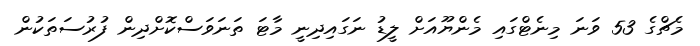
މެޗްގެ 53 ވަނަ މިނެޓްގައި މެންޔޫއަށް ލީޑު ނަގައިދިނީ މާޓަ ތަނަވަސްކޮށްދިން ފުރުސަތަކުން